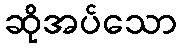
ဆိုအပ်သော